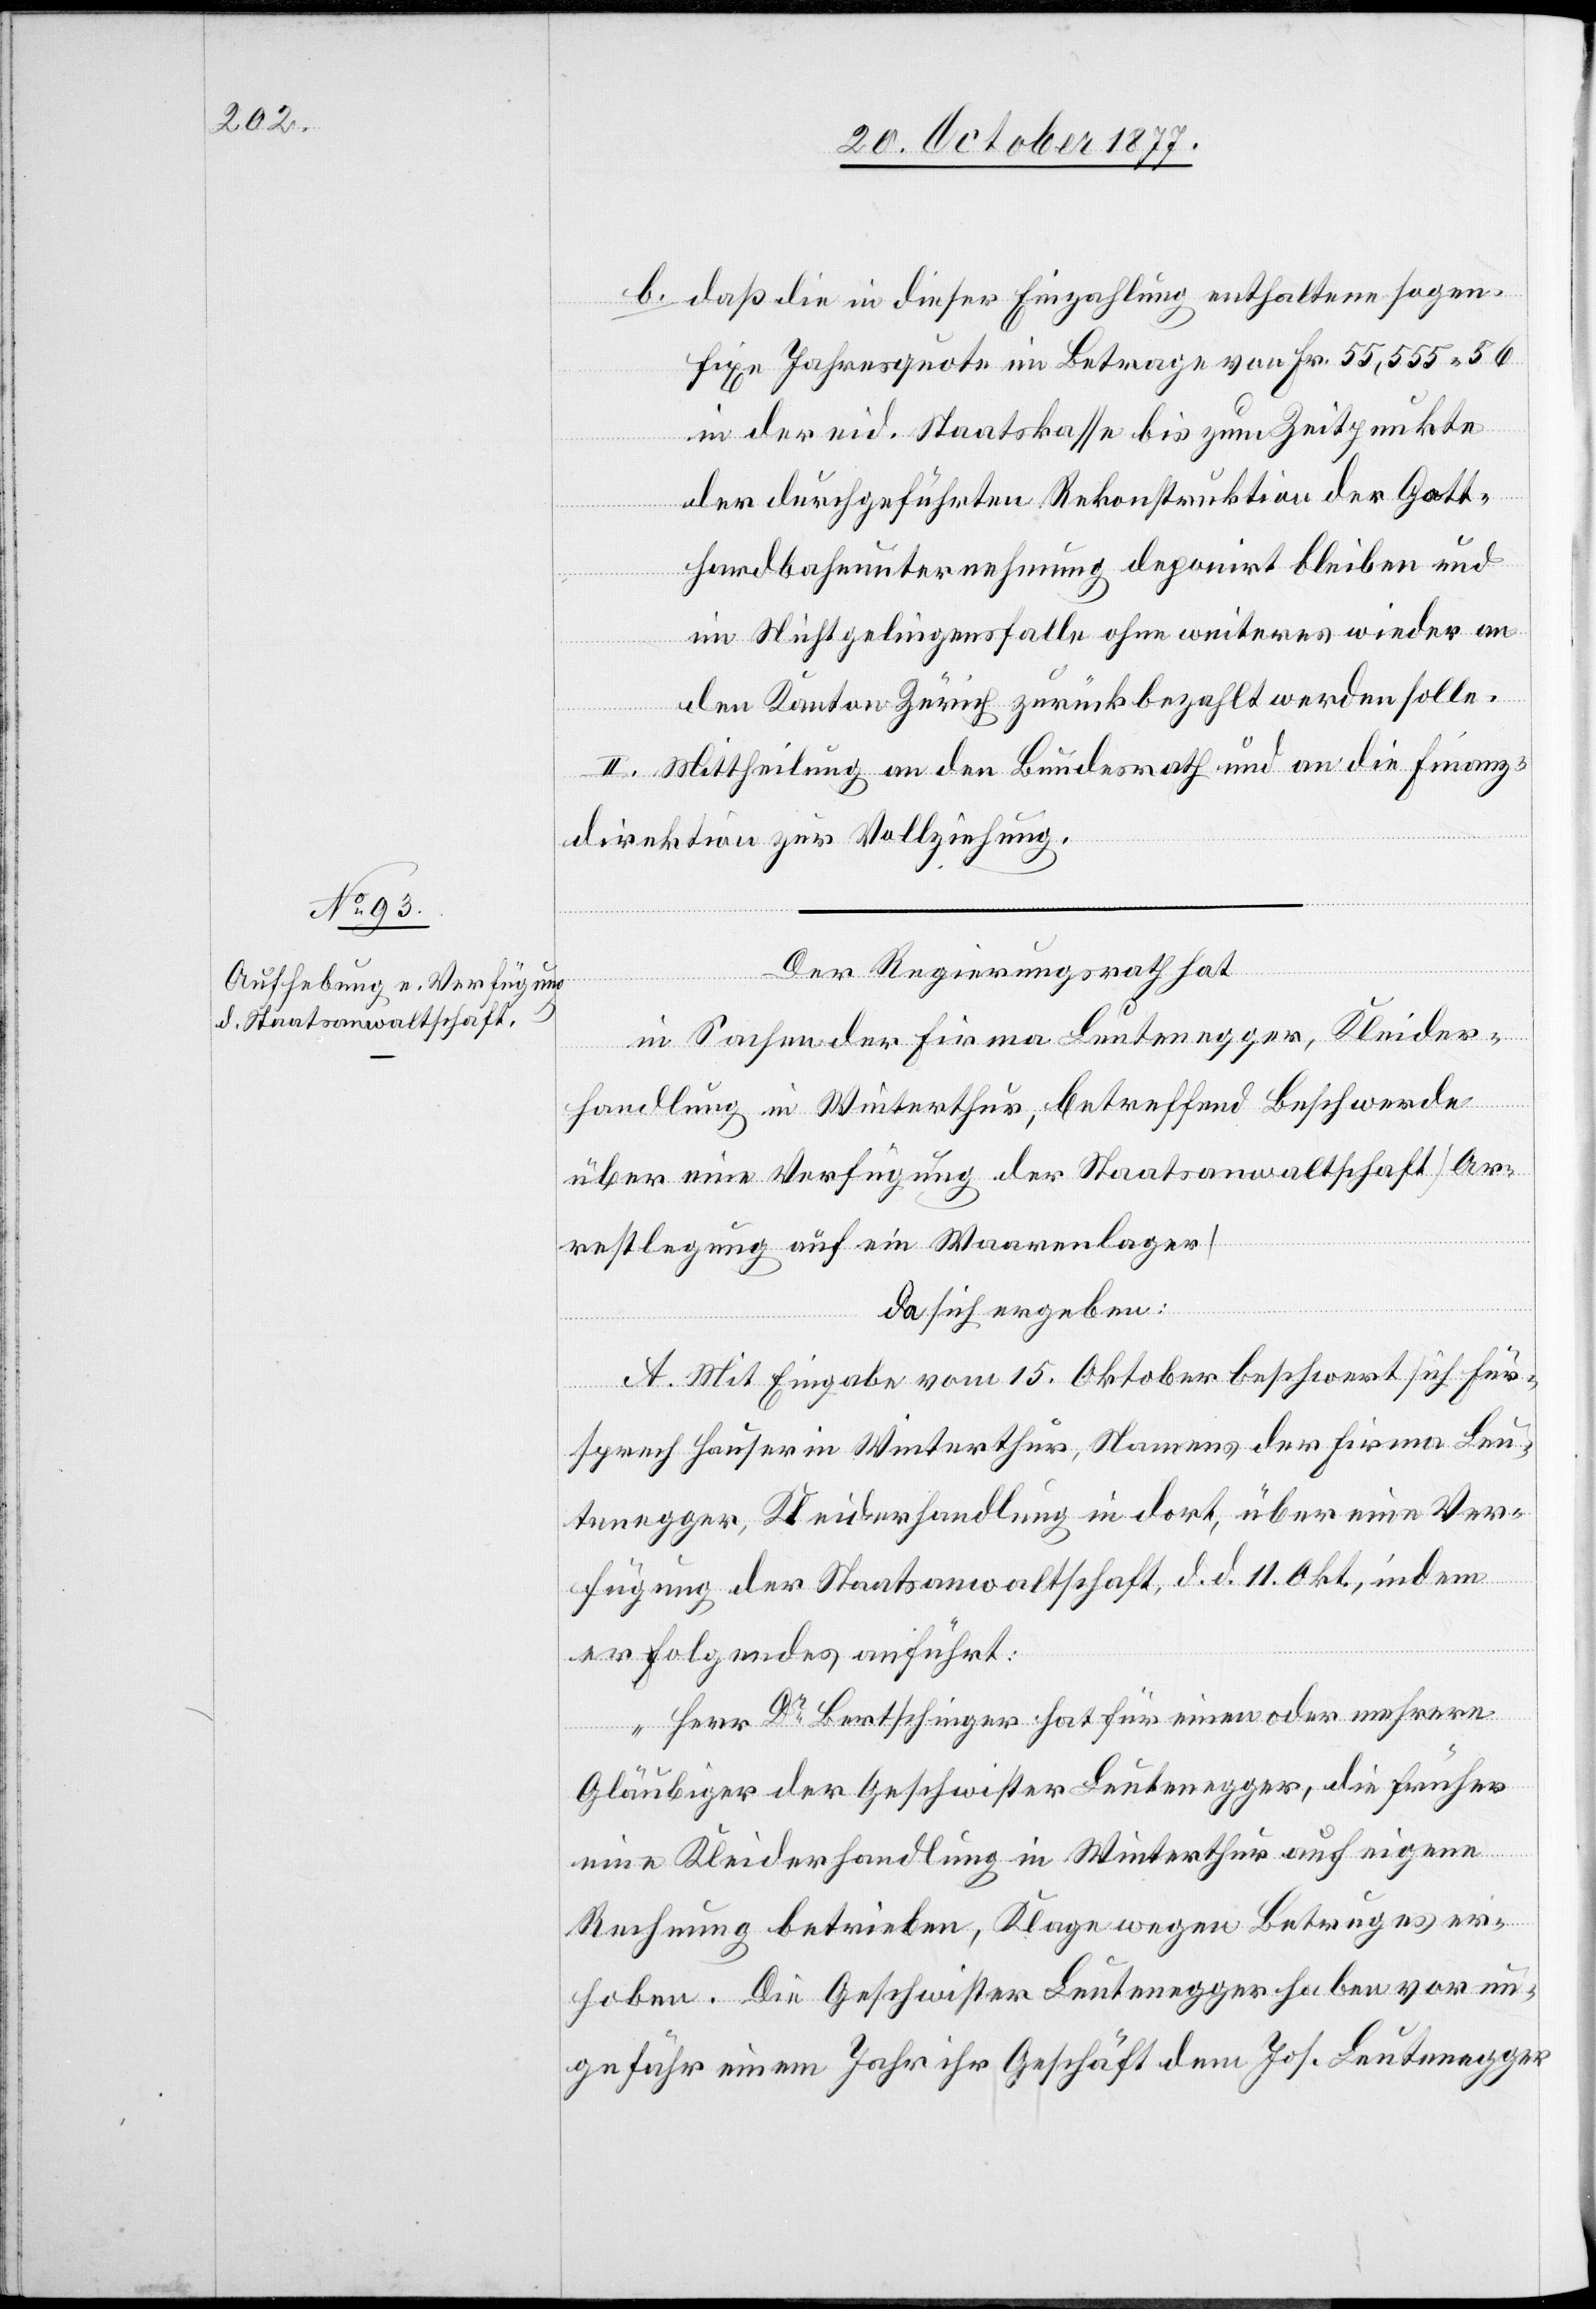
daß die in dieser Einzahlung enthaltene sogen.
fixe Jahresquote im Betrage von Fr. 55,555 56
in der eid. Staatskasse bis zum Zeitpunkte
der durchgeführten Rekonstruktion der Gott¬
hardbahnunternehmung deponirt bleiben und
im Nichtgelingensfalle ohne weiteres wieder an
den Kanton Zürich zurückbezahlt werden solle.
II. Mittheilung an den Bundesrath und an die Finanz¬
direktion zur Vollziehung.
b.